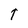
Character: T